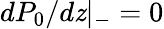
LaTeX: dP_{0}/d\mathit{z}|_{-}=0